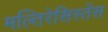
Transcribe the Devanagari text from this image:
मल्तिरेसिस्तेंस